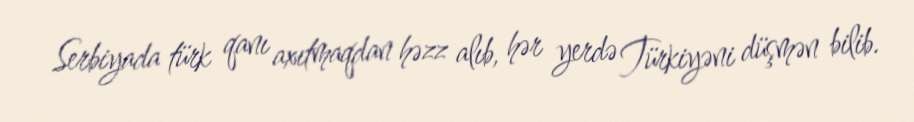
Serbiyada türk qanı axıtmaqdan həzz alıb, hər yerdə Türkiyəni düşmən bilib.